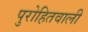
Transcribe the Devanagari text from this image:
पुरोहितवाली